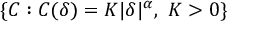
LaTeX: \{ C : C ( \delta ) = K | \delta | ^ { \alpha } , \ K > 0 \}